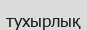
тухырлық